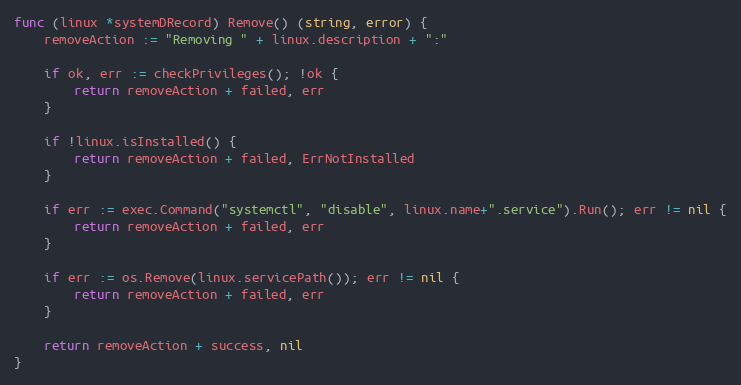
Language: Go
func (linux *systemDRecord) Remove() (string, error) {
	removeAction := "Removing " + linux.description + ":"

	if ok, err := checkPrivileges(); !ok {
		return removeAction + failed, err
	}

	if !linux.isInstalled() {
		return removeAction + failed, ErrNotInstalled
	}

	if err := exec.Command("systemctl", "disable", linux.name+".service").Run(); err != nil {
		return removeAction + failed, err
	}

	if err := os.Remove(linux.servicePath()); err != nil {
		return removeAction + failed, err
	}

	return removeAction + success, nil
}